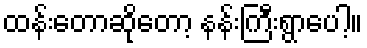
ထန်းတောဆိုတော့ နန်းကြီးရွာပေါ့။